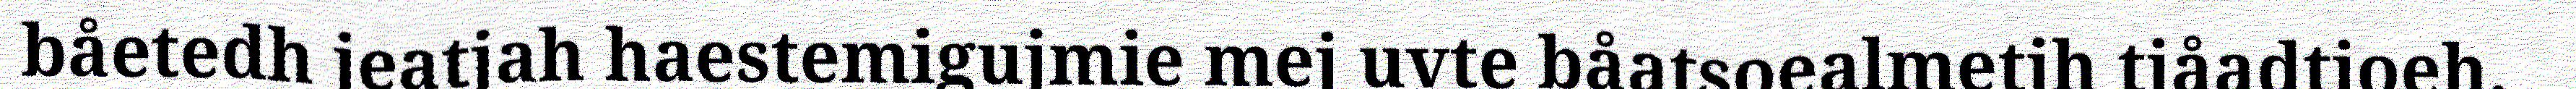
båetedh jeatjah haestemigujmie mej uvte båatsoealmetjh tjåadtjoeh,